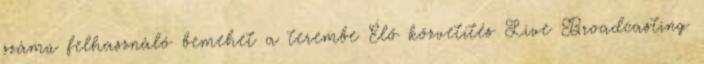
számú felhasználó bemehet a terembe Élő közvetítés Live Broadcasting